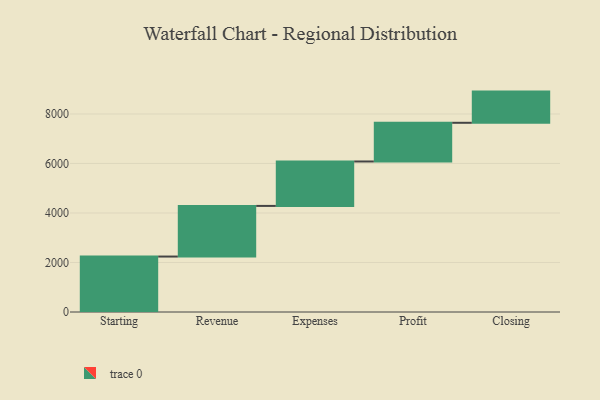
{"axis": {"x": "Step", "y": "Value"}, "legend": [""], "data": [{"x": "Starting", "y": 2240.0, "type": ""}, {"x": "Revenue", "y": 2046.0, "type": ""}, {"x": "Expenses", "y": 1795.0, "type": ""}, {"x": "Profit", "y": 1563.0, "type": ""}, {"x": "Closing", "y": 1260.0, "type": ""}]}